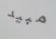
مبيد